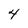
Character: 4